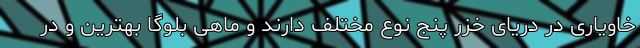
خاویاری در دریای خزر پنج نوع مختلف دارند و ماهی بلوگا بهترین و در